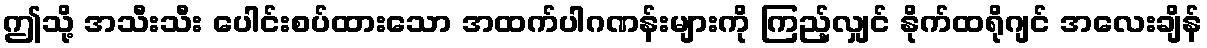
ဤသို့ အသီးသီး ပေါင်းစပ်ထားသော အထက်ပါဂဏန်းများကို ကြည့်လျှင် နိုက်ထရိုဂျင် အလေးချိန်